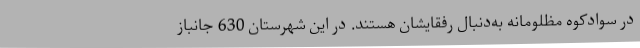
در سوادکوه مظلومانه به‌دنبال رفقایشان هستند. در این شهرستان 630 جانباز